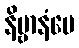
နိဗ္ဗာနံပေ